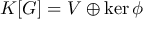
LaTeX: K [ G ] = V \oplus \ker \phi